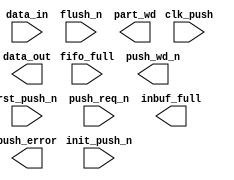
////////////////////////////////////////////////////////////////////////////////
//
//       This confidential and proprietary software may be used only
//     as authorized by a licensing agreement from Synopsys Inc.
//     In the event of publication, the following notice is applicable:
//
//                    (C) COPYRIGHT 2006 - 2016 SYNOPSYS INC.
//                           ALL RIGHTS RESERVED
//
//       The entire notice above must be reproduced on all authorized
//     copies.
//
//
// VERSION:   Verilog Simulation Model
//
// DesignWare_version: 4fad6e9d
// DesignWare_release: K-2015.06-DWBB_201506.5.2
//
////////////////////////////////////////////////////////////////////////////////
////////////////////////////////////////////////////////////////////////////////
//
// ABSTRACT: Asymmetric Data Input Buffer Simulation Model
//
//           Input registers used for asymmetric data transfer when the
//           input data width is less than and an integer multiple
//           of the output data width.
//
//              Parameters:     Valid Values
//              ==========      ============
//              in_width        [ 1 to 256]
//              out_width       [ 1 to 256]
//                  Note: in_width must be less than
//                        out_width and an integer multiple:
//                        that is, out_width = K * in_width
//              err_mode        [ 0 = sticky error flag,
//                                1 = dynamic error flag ]
//              byte_order      [ 0 = the first byte (or subword) is in MSBs
//                                1 = the first byte  (or subword)is in LSBs ]
//              flush_value     [ 0 = fill empty bits of partial word with 0's upon flush
//                                1 = fill empty bits of partial word with 1's upon flush ]
//
//              Input Ports     Size    Description
//              ===========     ====    ===========
//              clk_push        1 bit   Push I/F Input Clock
//              rst_push_n      1 bit   Async. Push Reset (active low)
//              init_push_n     1 bit   Sync. Push Reset (active low)
//              push_req_n      1 bit   Push Request (active low)
//              data_in         M bits  Data subword being pushed
//              flush_n         1 bit   Flush the partial word into
//                                      the full word memory (active low)
//              fifo_full       1 bit   Full indicator of RAM/FIFO
//
//              Output Ports    Size    Description
//              ============    ====    ===========
//              push_wd_n       1 bit   Full word ready for transfer (active low)
//              data_out        N bits  Data word into RAM or FIFO
//              inbuf_full      1 bit   Inbuf registers all contain active data_in subwords
//              part_wd         1 bit   Partial word pushed flag
//              push_error      1 bit   Overrun of RAM or FIFO (includes inbuf registers)
//
//                Note: M is the value of the parameter in_width
//                      N is the value of the parameter out_width
//
//
// MODIFIED:
//
//   10/27/09  DLL  Addresses STAR#9000351964.  Fixed data corruption in
//                  the case when both flush and push are requested
//                  with the input buffer empty.
//
////////////////////////////////////////////////////////////////////////////////
module DW_asymdata_inbuf (
        clk_push,
        rst_push_n,
        init_push_n,
        push_req_n,
        data_in,
        flush_n,
        fifo_full,

        push_wd_n,
        data_out,
        inbuf_full,
        part_wd,
        push_error
        );

parameter in_width     = 8;  // RANGE 1 to 256
parameter out_width    = 16; // RANGE 1 to 256
parameter err_mode     = 0;  // RANGE 0 to 1
parameter byte_order   = 0;  // RANGE 0 to 1
parameter flush_value  = 0;  // RANGE 0 to 1


input                   clk_push;       // clk
input                   rst_push_n;     // active low async reset
input                   init_push_n;    // active low sync reset
input                   push_req_n;     // active low push reqest
input   [in_width-1:0]  data_in;        // data subword
input                   flush_n;        // active low flush partial word
input                   fifo_full;      // Full indicator of RAM/FIFO

output                  push_wd_n;      // active low ready to write full data word
output  [out_width-1:0] data_out;       // full data word
output                  inbuf_full;     // Inbuf registers all contain active data_in subwords
output                  part_wd;        // Partial word pushed flag
output                  push_error;     // Overrun of RAM or FIFO (includes inbuf registers)

// synopsys translate_off
`define DW_K (out_width/in_width)
`define DW_cnt_width  ((`DW_K>16)?((`DW_K>64)?((`DW_K>128)?8:7):((`DW_K>32)?6:5)):((`DW_K>4)?((`DW_K>8)?4:3):((`DW_K>2)?2:1)))


wire    [in_width-1:0]  data_in_int;     // internal data subword
wire                    fifo_full;   // internal fifo_full

reg     [out_width-1:0] data_out_int;
wire    [out_width-1:0] next_data_out_int;

reg                     push_error_int;
wire                    next_push_error_int;
wire                    pre_next_push_error_int;


reg     [in_width-1:0]       data_reg [0:`DW_K-2];
reg     [in_width-1:0]       next_data_reg [0:`DW_K-2];
reg     [(in_width*(`DW_K-1))-1:0]       data_reg_vec;
reg     [(in_width*(`DW_K-1))-1:0]       next_data_reg_vec;

reg     [`DW_cnt_width-1:0]  cntr;
wire    [`DW_cnt_width-1:0]  next_cntr;

wire    flush_ok;

reg     [in_width-1:0]       temp_sw;

integer  i, midx;
integer  v_sw, v_b;
integer  w_sw, w_b;


  //-------------------------------------------------------------------------
  // Parameter legality check
  //-------------------------------------------------------------------------
  
 
  initial begin : parameter_check
    integer param_err_flg;

    param_err_flg = 0;
    
  
    if (in_width < 1) begin
      param_err_flg = 1;
      $display(
	"ERROR: %m :\n  Invalid value (%d) for parameter in_width (lower bound: 1)",
	in_width );
    end
  
    if (out_width < 1) begin
      param_err_flg = 1;
      $display(
	"ERROR: %m :\n  Invalid value (%d) for parameter out_width (lower bound: 1)",
	out_width );
    end
  
    if ( (err_mode < 0) || (err_mode > 1) ) begin
      param_err_flg = 1;
      $display(
	"ERROR: %m :\n  Invalid value (%d) for parameter err_mode (legal range: 0 to 1)",
	err_mode );
    end
  
    if ( (byte_order < 0) || (byte_order > 1) ) begin
      param_err_flg = 1;
      $display(
	"ERROR: %m :\n  Invalid value (%d) for parameter byte_order (legal range: 0 to 1)",
	byte_order );
    end
  
    if ( (flush_value < 0) || (flush_value > 1) ) begin
      param_err_flg = 1;
      $display(
	"ERROR: %m :\n  Invalid value (%d) for parameter flush_value (legal range: 0 to 1)",
	flush_value );
    end
  
    if ( param_err_flg == 1) begin
      $display(
        "%m :\n  Simulation aborted due to invalid parameter value(s)");
      $finish;
    end

  end // parameter_check 



assign  data_in_int     = (data_in | (data_in ^ data_in));

assign  flush_ok  = ~flush_n & part_wd & ~fifo_full;

assign  next_cntr = (~push_req_n && flush_ok) ? 1'b1 :
                      flush_ok ? {`DW_cnt_width{1'b0}} :
                        (~push_req_n && !pre_next_push_error_int) ? 
                          ((cntr == `DW_K-1) ? 
                           {`DW_cnt_width{1'b0}} : cntr + 1) :
                          (~push_req_n && !inbuf_full) ?  cntr + 1 :
                          cntr; 

assign  pre_next_push_error_int  = ((~flush_n && part_wd) || (~push_req_n && inbuf_full)) && fifo_full;
assign  next_push_error_int      = (err_mode == 0) ? pre_next_push_error_int | push_error_int : pre_next_push_error_int;


always @(rst_push_n or init_push_n or push_req_n or flush_ok or 
	 data_in_int or cntr or data_reg_vec) begin : PROC_load_data_reg_vec
  if (push_req_n === 1'b0) begin
    if (flush_ok === 1'b0) begin
      for (v_sw=0; v_sw < `DW_K-1; v_sw=v_sw+1) begin
        for (v_b=0; v_b < in_width; v_b=v_b+1) begin
          if (v_sw == cntr) begin
            next_data_reg_vec[(in_width*v_sw)+v_b] = data_in_int[v_b];
          end else begin
            if (v_sw < cntr) begin
              next_data_reg_vec[(in_width*v_sw)+v_b] = data_reg_vec[(in_width*v_sw)+v_b];
            end else begin
              if (flush_value == 0)
                next_data_reg_vec[(in_width*v_sw)+v_b] = 1'b0;
              else
                next_data_reg_vec[(in_width*v_sw)+v_b] = 1'b1;
            end
          end 
        end // "v_b" loop
      end // "v_sw" loop
    end else begin // flush_ok=1
      for (v_sw=0; v_sw < `DW_K-1; v_sw=v_sw+1) begin
        for (v_b=0; v_b < in_width; v_b=v_b+1) begin
          if (v_sw == 0)
            next_data_reg_vec[v_b] = data_in_int[v_b];
          else
            if (flush_value == 0)
              next_data_reg_vec[(in_width*v_sw)+v_b] = {in_width{1'b0}};
            else
              next_data_reg_vec[(in_width*v_sw)+v_b] = {in_width{1'b1}};
        end // "v_b" loop
      end // "v_sw" loop
    end
  end else if ((rst_push_n === 1'b0) || (init_push_n === 1'b0)) begin
    for (i=0; i < (in_width*`DW_K-1); i=i+1) begin
      next_data_reg_vec[i] = {in_width{1'b0}};
    end
  end else begin
    for (i=0; i < (in_width*`DW_K-1); i=i+1) begin
      next_data_reg_vec[i] = data_reg_vec[i];
    end
  end
end   // of PROC_load_data_reg_vec



always @(data_in_int or flush_ok or data_reg_vec) begin : gen_data_out_PROC

  if (byte_order == 0) begin
    for (w_sw=0; w_sw<`DW_K; w_sw=w_sw+1) begin
      for (w_b=0; w_b<in_width; w_b=w_b+1) begin
        if (flush_ok) begin
          if (w_sw == `DW_K-1) begin
            if (flush_value == 0)
              data_out_int[w_b] = 1'b0;
            else
              data_out_int[w_b] = 1'b1;
          end else begin
            data_out_int[(in_width*((`DW_K-1)-w_sw))+w_b] = data_reg_vec[(in_width*w_sw)+w_b];
          end
        end else begin
          if (w_sw == `DW_K-1) begin
            data_out_int[w_b] = data_in_int[w_b];
          end else begin
            data_out_int[(in_width*((`DW_K-1)-w_sw))+w_b] = data_reg_vec[(in_width*w_sw)+w_b];
          end
        end 
      end
    end
  end else begin
    for (w_sw=0; w_sw<`DW_K; w_sw=w_sw+1) begin
      for (w_b=0; w_b<in_width; w_b=w_b+1) begin
        if (flush_ok) begin
          if (w_sw == `DW_K-1) begin
            if (flush_value == 0)
              data_out_int[(in_width*w_sw)+w_b] = 1'b0;
            else
              data_out_int[(in_width*w_sw)+w_b] = 1'b1;
          end else begin
            data_out_int[(in_width*w_sw)+w_b] = data_reg_vec[(in_width*w_sw)+w_b];
          end
        end else begin
          if (w_sw == `DW_K-1) begin
            data_out_int[(in_width*w_sw)+w_b] = data_in_int[w_b];
          end else begin
            data_out_int[(in_width*w_sw)+w_b] = data_reg_vec[(in_width*w_sw)+w_b];
          end
        end 
      end
    end
  end  // (byte_order == 1)
end  // of PROC_gen_data_out

  always @(posedge clk_push or negedge rst_push_n) begin : a1000_PROC
    if (rst_push_n === 1'b0) begin
      push_error_int     <= 1'b0;
      cntr               <= {`DW_cnt_width{1'b0}};
      for (midx=0; midx<`DW_K-1; midx=midx+1) begin
        data_reg[midx]   <= {in_width{1'b0}};
      end
      data_reg_vec       <= {(in_width*(`DW_K-1)){1'b0}};
    end else if (rst_push_n === 1'b1) begin
      if (init_push_n === 1'b0) begin
        push_error_int     <= 1'b0;
        cntr               <= {`DW_cnt_width{1'b0}};
        for (midx=0; midx<`DW_K-1; midx=midx+1) begin
          data_reg[midx]   <= {in_width{1'b0}};
        end
        data_reg_vec       <= {(in_width*(`DW_K-1)){1'b0}};
      end else if (init_push_n === 1'b1) begin
        push_error_int     <= next_push_error_int;
        cntr               <= next_cntr;
        for (midx=0; midx<`DW_K-1; midx=midx+1) begin
          data_reg[midx]   <= next_data_reg[midx];
        end
        data_reg_vec       <= next_data_reg_vec;
      end else begin
        push_error_int     <= 1'bX;
        cntr               <= {`DW_cnt_width{1'bX}};
        for (midx=0; midx<`DW_K-1; midx=midx+1) begin
          data_reg[midx]   <= {in_width{1'bX}};
        end
        data_reg_vec       <= {(in_width*(`DW_K-1)){1'bX}};
      end
    end else begin
      push_error_int     <= 1'bX;
      cntr               <= {`DW_cnt_width{1'bX}};
      for (midx=0; midx<`DW_K-1; midx=midx+1) begin
        data_reg[midx]   <= {in_width{1'bX}};
      end
      data_reg_vec       <= {(in_width*(`DW_K-1)){1'bX}};
    end
  end

  assign  push_wd_n   = ~(((~push_req_n && inbuf_full) || flush_ok) && ~pre_next_push_error_int);
  assign  data_out    = data_out_int;
  assign  push_error  = push_error_int;
  assign  inbuf_full  = cntr > `DW_K-2;
  assign  part_wd     = cntr > 0;

  
  always @ (clk_push) begin : monitor_clk_push 
    if ( (clk_push !== 1'b0) && (clk_push !== 1'b1) && ($time > 0) )
      $display( "WARNING: %m :\n  at time = %t, detected unknown value, %b, on clk_push input.",
                $time, clk_push );
    end // monitor_clk_push 

`undef DW_K 
`undef DW_cnt_width 
// synopsys translate_on
endmodule